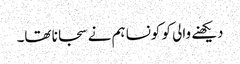
دیکھنے والی کو کونسا ہم نے سجانا تھا۔